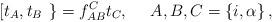
LaTeX: \begin{align*}\left[ t_A, t_B \right. \left. \right\} = f^C_{AB} t_C, \ \ \ \ A,B,C =\left\{i, \alpha \right\},\end{align*}